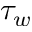
\tau _ { w }